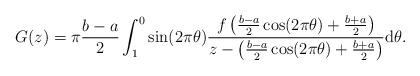
LaTeX: \begin{align*}G(z) = \pi \frac{b-a}{2}\int_1^0 \sin(2\pi\theta) \frac{f\left ( \frac{b-a}{2}\cos (2\pi\theta) + \frac{b+a}{2} \right )}{z - \left ( \frac{b-a}{2}\cos (2\pi\theta) + \frac{b+a}{2} \right )} \mathrm{d}\theta.\end{align*}